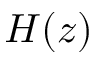
H ( z )